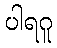
ပါရဂူ